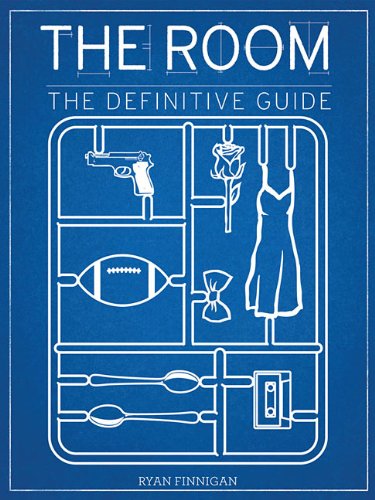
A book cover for The Room: The Definitive Guide; Ryan Finnigan; Humor & Entertainment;